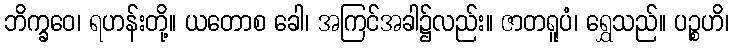
ဘိက္ခဝေ၊ ရဟန်းတို့။ ယတောစ ခေါ၊ အကြင်အခါ၌လည်း။ ဇာတရူပံ၊ ရွှေသည်။ ပဉ္စဟိ၊